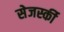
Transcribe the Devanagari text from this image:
सेजर्स्की